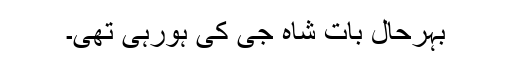
بہرحال بات شاہ جی کی ہورہی تھی۔